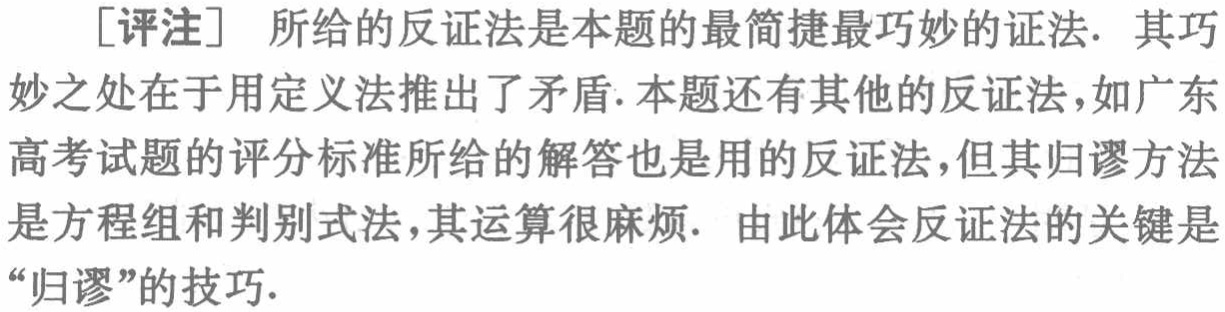
[评注] 所给的反证法是本题的最简捷最巧妙的证法. 其巧妙之处在于用定义法推出了矛盾.本题还有其他的反证法,如广东高考试题的评分标准所给的解答也是用的反证法,但其归谬方法是方程组和判别式法,其运算很麻烦. 由此体会反证法的关键是“归谬”的技巧.